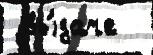
 вы́даче